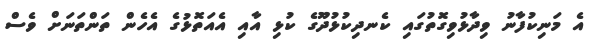
އެ މަނިކުފާނު ވިދާޅުވިގޮތުގައި ކެނދިކުޅުދޫގެ ކުޅި އާއި އެއަތޮޅުގެ އެހެން ތަންތަނަށް ވެސް